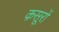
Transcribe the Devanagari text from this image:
क़सूरों